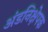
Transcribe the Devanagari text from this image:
अंडनिक्षेपक